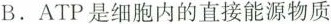
B.ATP是细胞内的直接能源物质